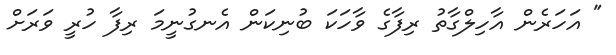
" އަހަރެން އާހިލްގާތު ރިފާގެ ވާހަކަ ބުނިކަން އެނގުނީމަ ރިފާ ހުރީ ވަރަށް